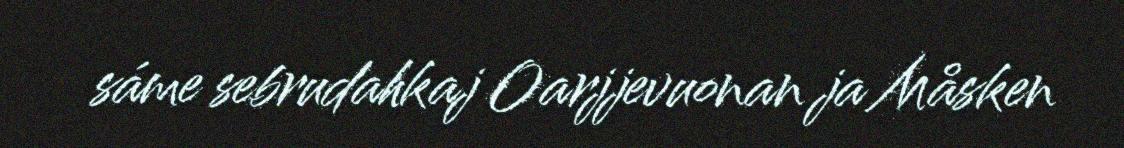
sáme sebrudahkaj Oarjjevuonan ja Måsken